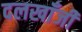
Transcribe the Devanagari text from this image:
दलखाँजी